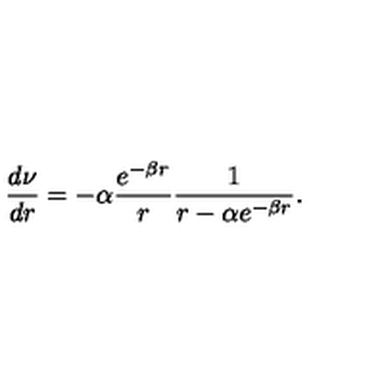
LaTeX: \frac { d \nu } { d r } = - \alpha \frac { e ^ { - \beta r } } { r } \frac { 1 } { r - \alpha e ^ { - \beta r } } .